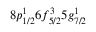
8 p _ { 1 / 2 } ^ { 1 } 6 f _ { 5 / 2 } ^ { 3 } 5 g _ { 7 / 2 } ^ { 1 }